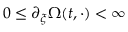
0 \leq \partial _ { \xi } \Omega ( t , \cdot ) < \infty